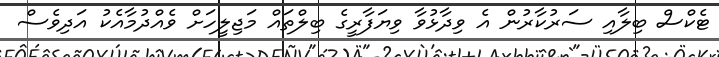
ޓެކްސް ބިލާއި ސަރުކާރުން އެ ވިދާޅުވާ ވިޔަފާރީގެ ބިލްތައް މަޖިލީހަށް ވެއްދުމާއެކު އަދިވެސް